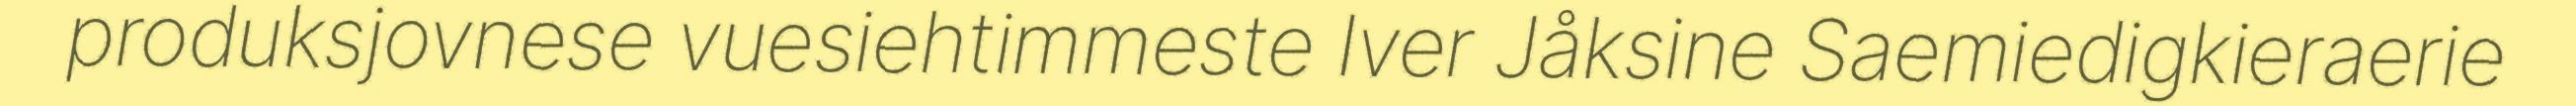
produksjovnese vuesiehtimmeste Iver Jåksine Saemiedigkieraerie